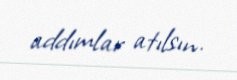
addımlar atılsın.